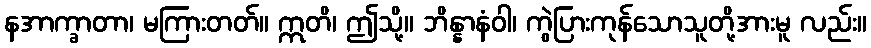
နအာက္ခာတာ၊ မကြားတတ်။ ဣတိ၊ ဤသို့။ ဘိန္နာနံဝါ၊ ကွဲပြားကုန်သောသူတို့အားမူ လည်း။